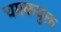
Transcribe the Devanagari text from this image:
चमकयुक्त